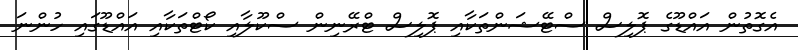
އެގޮތުން އައްޑޫގެ ޕޮލިސް ސްޓޭޝަންތަކާއި ޕޮލިސް ޓްރޭނިން ސްކޫލާއި ކޯޓްތަކާއި އައްޑޫގައި ހުންނަ